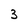
Character: 3